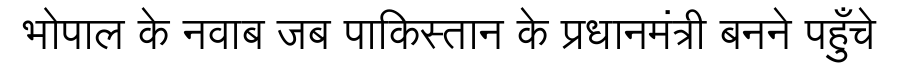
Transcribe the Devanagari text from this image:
भोपाल के नवाब जब पाकिस्तान के प्रधानमंत्री बनने पहुँचे